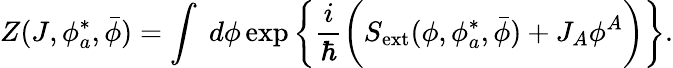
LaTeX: Z(J,\phi_{a}^{*},\bar{\phi})=\int\; d\phi\exp\bigg\{ \frac{i}{\hbar}\bigg(S_{\mathrm{ext}}(\phi,\phi_{a}^{*},\bar{\phi})+J_{A}\phi^{A}\bigg)\bigg\} .